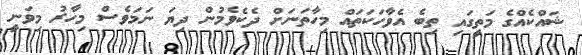
ޝައްކެއްގެ މަތީގައި ތިބެ އެވާހަކަތައް މިހާތަނަށް ދެކެވެމުން ދިޔަ ނަމަވެސް މިހާރު މިވަނީ